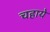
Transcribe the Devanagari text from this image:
चहाये